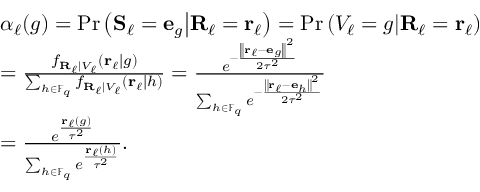
\begin{array} { r l } & { \boldsymbol { \alpha } _ { \ell } ( g ) = \mathrm { P r } \left( \ensuremath { \mathbf { S } } _ { \ell } = \ensuremath { \mathbf { e } } _ { g } \middle | \ensuremath { \mathbf { R } } _ { \ell } = \ensuremath { \mathbf { r } } _ { \ell } \right) = \mathrm { P r } \left( V _ { \ell } = g \middle | \ensuremath { \mathbf { R } } _ { \ell } = \ensuremath { \mathbf { r } } _ { \ell } \right) } \\ & { = \frac { f _ { \ensuremath { \mathbf { R } } _ { \ell } | V _ { \ell } } \left( \ensuremath { \mathbf { r } } _ { \ell } | g \right) } { \sum _ { h \in \mathbb { F } _ { q } } f _ { \ensuremath { \mathbf { R } } _ { \ell } | V _ { \ell } } \left( \ensuremath { \mathbf { r } } _ { \ell } | h \right) } = \frac { e ^ { - \frac { \left\| \ensuremath { \mathbf { r } } _ { \ell } - \ensuremath { \mathbf { e } } _ { g } \right\| ^ { 2 } } { 2 \tau ^ { 2 } } } } { \sum _ { h \in \mathbb { F } _ { q } } e ^ { - \frac { \left\| \ensuremath { \mathbf { r } } _ { \ell } - \ensuremath { \mathbf { e } } _ { h } \right\| ^ { 2 } } { 2 \tau ^ { 2 } } } } } \\ & { = \frac { e ^ { \frac { \ensuremath { \mathbf { r } } _ { \ell } ( g ) } { \tau ^ { 2 } } } } { \sum _ { h \in \mathbb { F } _ { q } } e ^ { \frac { \ensuremath { \mathbf { r } } _ { \ell } ( h ) } { \tau ^ { 2 } } } } . } \end{array}